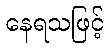
နေရသဖြင့်